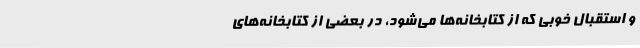
و استقبال خوبی که از کتابخانه‌ها می‌شود، در بعضی از کتابخانه‌های